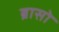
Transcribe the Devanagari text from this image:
ब्रासो